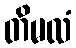
တိမလံ